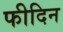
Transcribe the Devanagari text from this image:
फीदिन